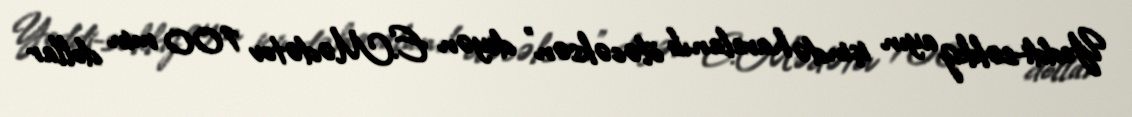
Yeddi-səkkiz ayın içində havalanıb öləcəksən" deyən E.Mədətov 100 min dollar